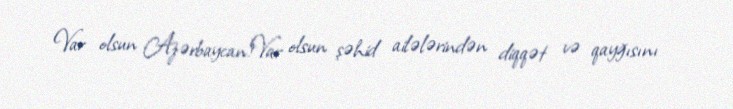
Var olsun Azərbaycan!Var olsun şəhid ailələrindən diqqət və qayğısını